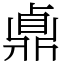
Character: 鼑